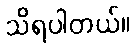
သိရပါတယ်။